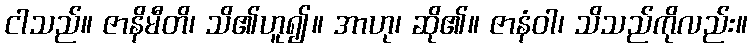
ငါသည်။ ဇာနိမီတိ၊ သိ၏ဟူ၍။ အာဟု၊ ဆို၏။ ဇာနံဝါ၊ သိသည်ကိုလည်း။